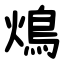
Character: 䲴